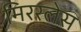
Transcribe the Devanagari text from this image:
मिररलेस